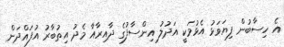
އެ ހިސާބުން ފިޔަވަޅު އެޅުމަކީ އަދުލު އިންސާފުގެ ދާއިރާއާ މެދު އިތުބާރު އުފައްދަން